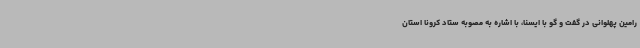
رامین پهلوانی در گفت و گو با ایسنا، با اشاره به مصوبه ستاد کرونا استان